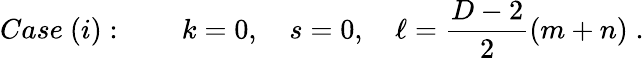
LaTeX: Case\ (i):\qquad k=0,\quad s=0,\quad\ell=\frac{D-2}{2}(m+n)\; .